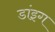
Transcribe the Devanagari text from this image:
डांइग